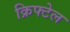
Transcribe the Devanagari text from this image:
क्रिफ्टेल